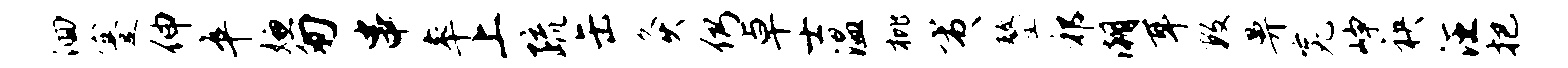
洄蹇伸卒嫌匆串率上疏缶灸仍卓士温枇夷鏊祁潮耳数鼻究峥袂汪把